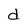
Character: d